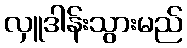
လှူဒါန်းသွားမည်